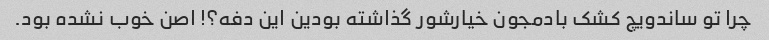
چرا تو ساندویچ کشک بادمجون خیارشور گذاشته بودین این دفه؟! اصن خوب نشده بود.